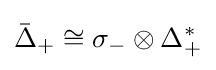
{\bar {\Delta }}_{+}\cong \sigma _{-}\otimes \Delta _{+}^{*}